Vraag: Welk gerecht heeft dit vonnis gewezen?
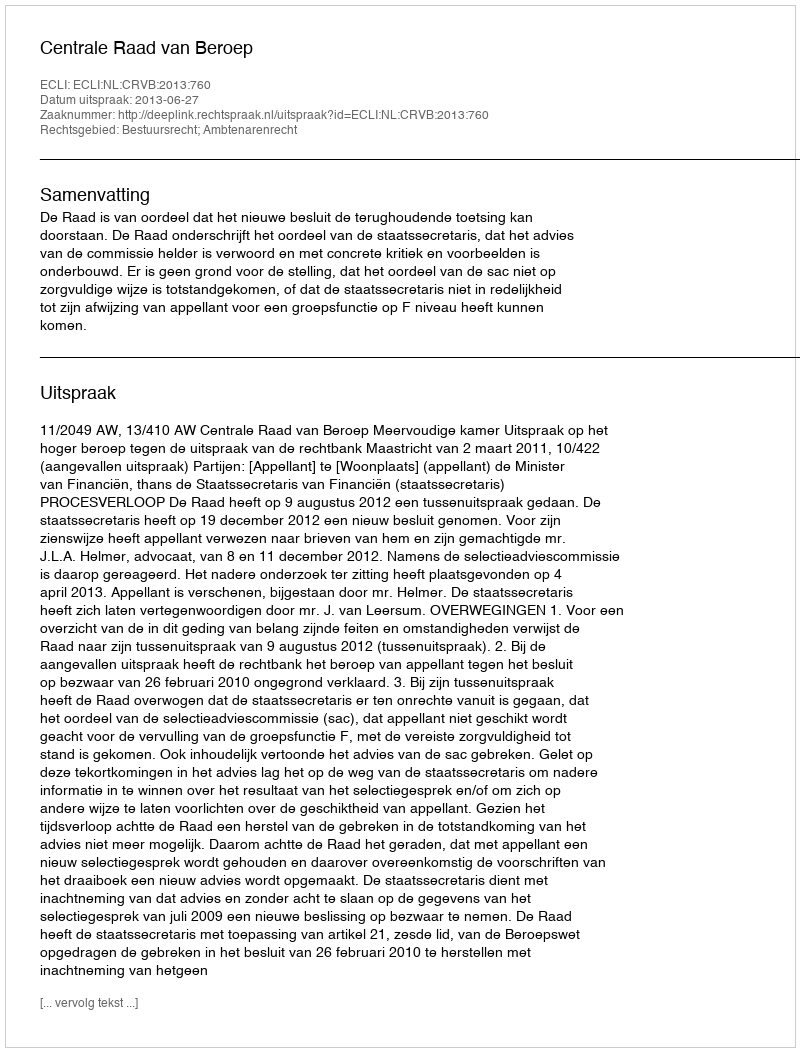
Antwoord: Centrale Raad van Beroep